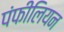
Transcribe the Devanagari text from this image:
पंफीलियन